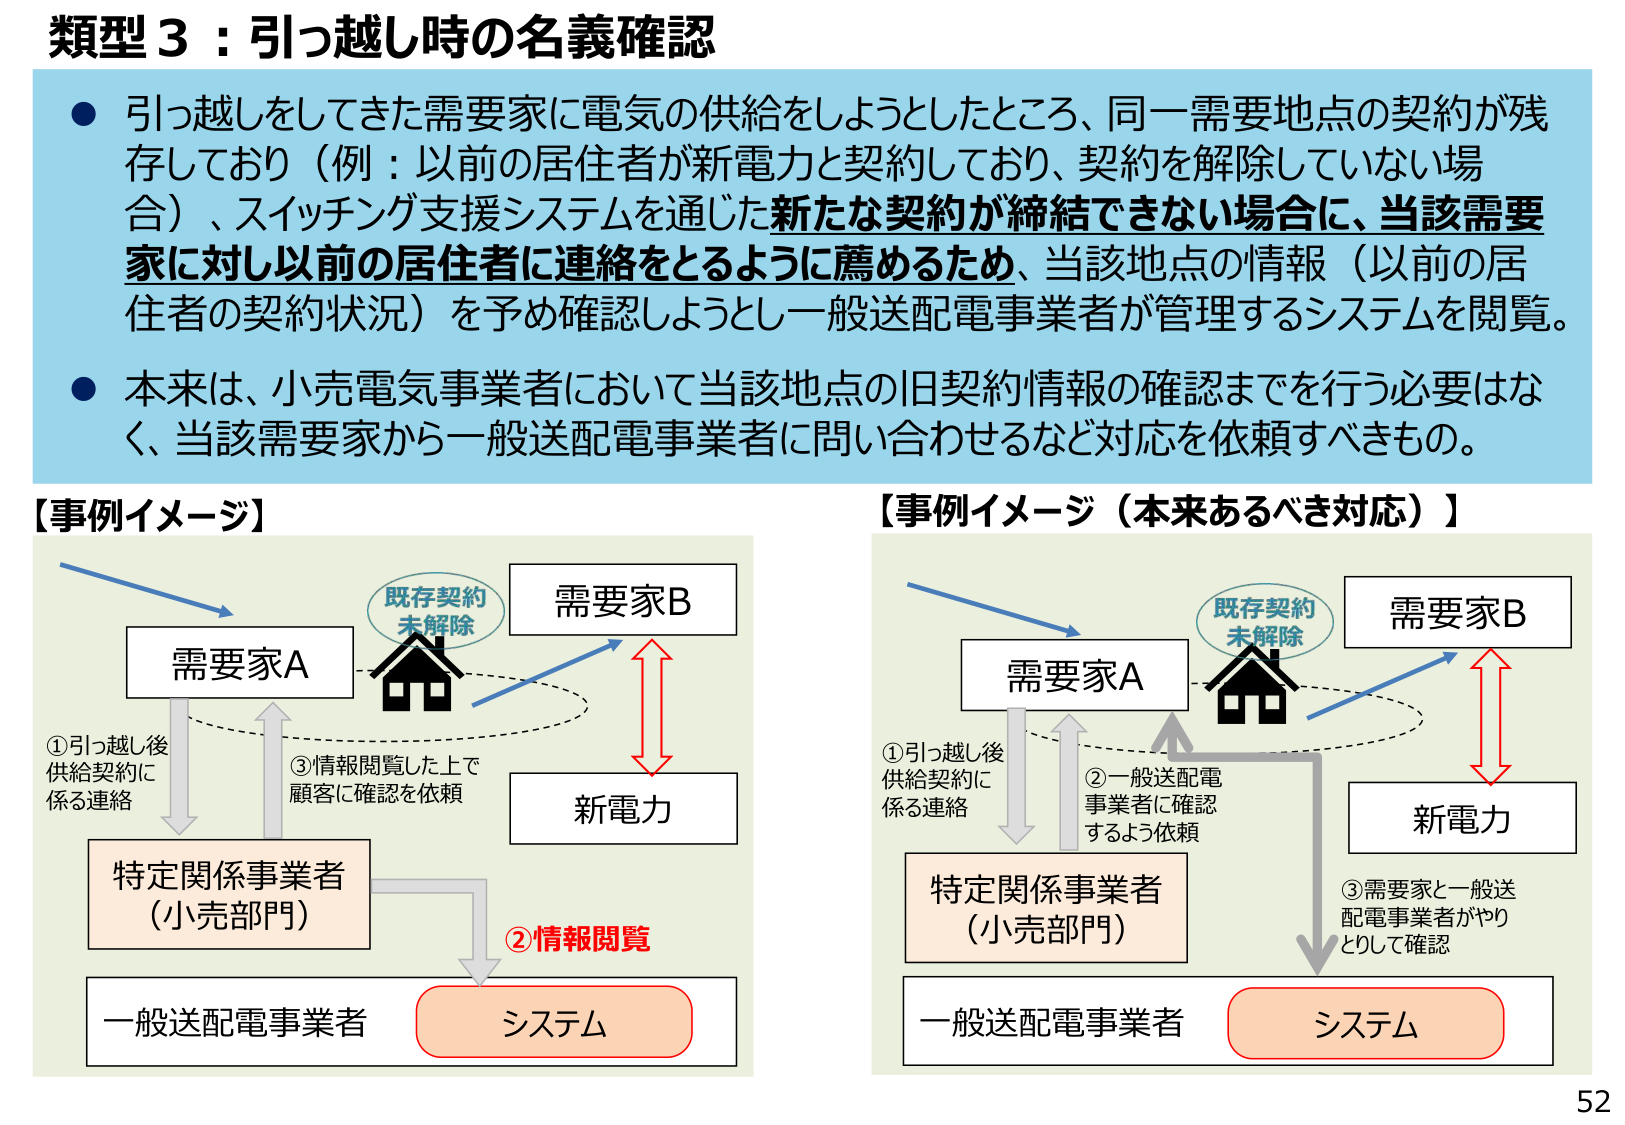
類型３：引っ越し時の名義確認

● 引っ越しをしてきた需要家に電気の供給をしようとしたところ、同一需要地点の契約が残存しており（例：以前の居住者が新電力と契約しており、契約を解除していない場合）、スイッチング支援システムを通じた新たな契約が締結できない場合に、当該需要家に対し以前の居住者に連絡をとるように薦めるため、当該地点の情報（以前の居住者の契約状況）を予め確認しようと一般送配電事業者が管理するシステムを閲覧。

● 本来は、小売電気事業者において当該地点の旧契約情報の確認までを行う必要はなく、当該需要家から一般送配電事業者に問い合わせるなど対応を依頼すべきもの。

【事例イメージ】

①引っ越し後
供給契約に
係る連絡

③情報閲覧した上で
顧客に確認を依頼

②情報閲覧

既存契約
未解除

需要家A

需要家B

新電力

特定関係事業者
（小売部門）

一般送配電事業者

システム

【事例イメージ（本来あるべき対応）】

①引っ越し後
供給契約に
係る連絡

②一般送配電
事業者に確認
するよう依頼

③需要家と一般送
配電事業者がやり
とりして確認

既存契約
未解除

需要家A

需要家B

新電力

特定関係事業者
（小売部門）

一般送配電事業者

システム

52